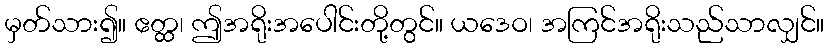
မှတ်သား၍။ ဧတ္ထ၊ ဤအရိုးအပေါင်းတို့တွင်။ ယဒေဝ၊ အကြင်အရိုးသည်သာလျှင်။